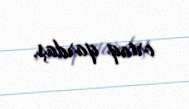
ortaq qardaş.